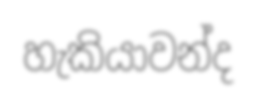
හැකියාවන්ද